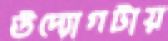
উদ্যোগটায়